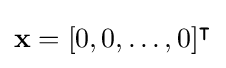
\mathbf {x} =[0,0,\ldots ,0]^{\intercal }